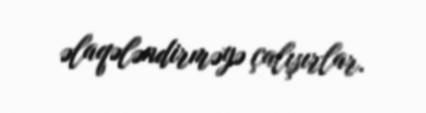
əlaqələndirməyə çalışırlar.